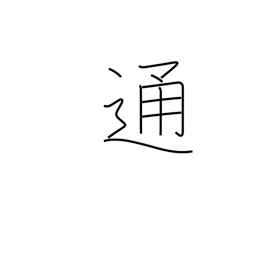
Meaning: counter for letters, notes, documents, etc.